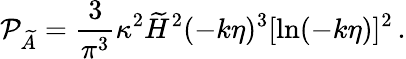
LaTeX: {\cal P}_{\widetilde{A}}={\frac{3}{\pi^{3}}}\kappa^{2}\widetilde{H}^{2}(-k\eta)^{3}[\ln(-k\eta)]^{2}\, .